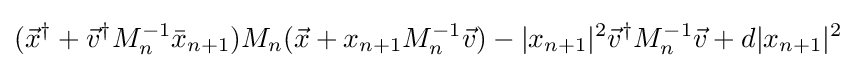
({\vec {x}}^{\dagger }+{\vec {v}}^{\dagger }M_{n}^{-1}{\bar {x}}_{n+1})M_{n}({\vec {x}}+x_{n+1}M_{n}^{-1}{\vec {v}})-|x_{n+1}|^{2}{\vec {v}}^{\dagger }M_{n}^{-1}{\vec {v}}+d|x_{n+1}|^{2}